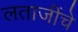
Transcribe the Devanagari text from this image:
लताजींचे